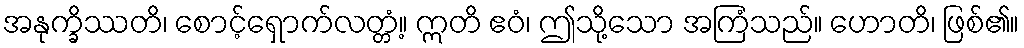
အနုက္ခိဿတိ၊ စောင့်ရှောက်လတ္တံ့။ ဣတိ ဧဝံ၊ ဤသို့သော အကြံသည်။ ဟောတိ၊ ဖြစ်၏။